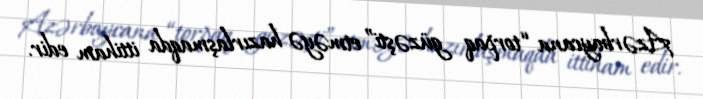
Azərbaycana “torpaq güzəşti” etməyə hazırlaşmaqda ittiham edir.